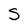
Character: S